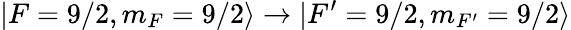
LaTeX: |F=9/2,m_{F}=9/2\rangle\rightarrow|F^{\prime}=9/2,m_{F^{\prime}}=9/2\rangle